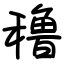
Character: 穞